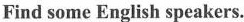
Find some English speakers.